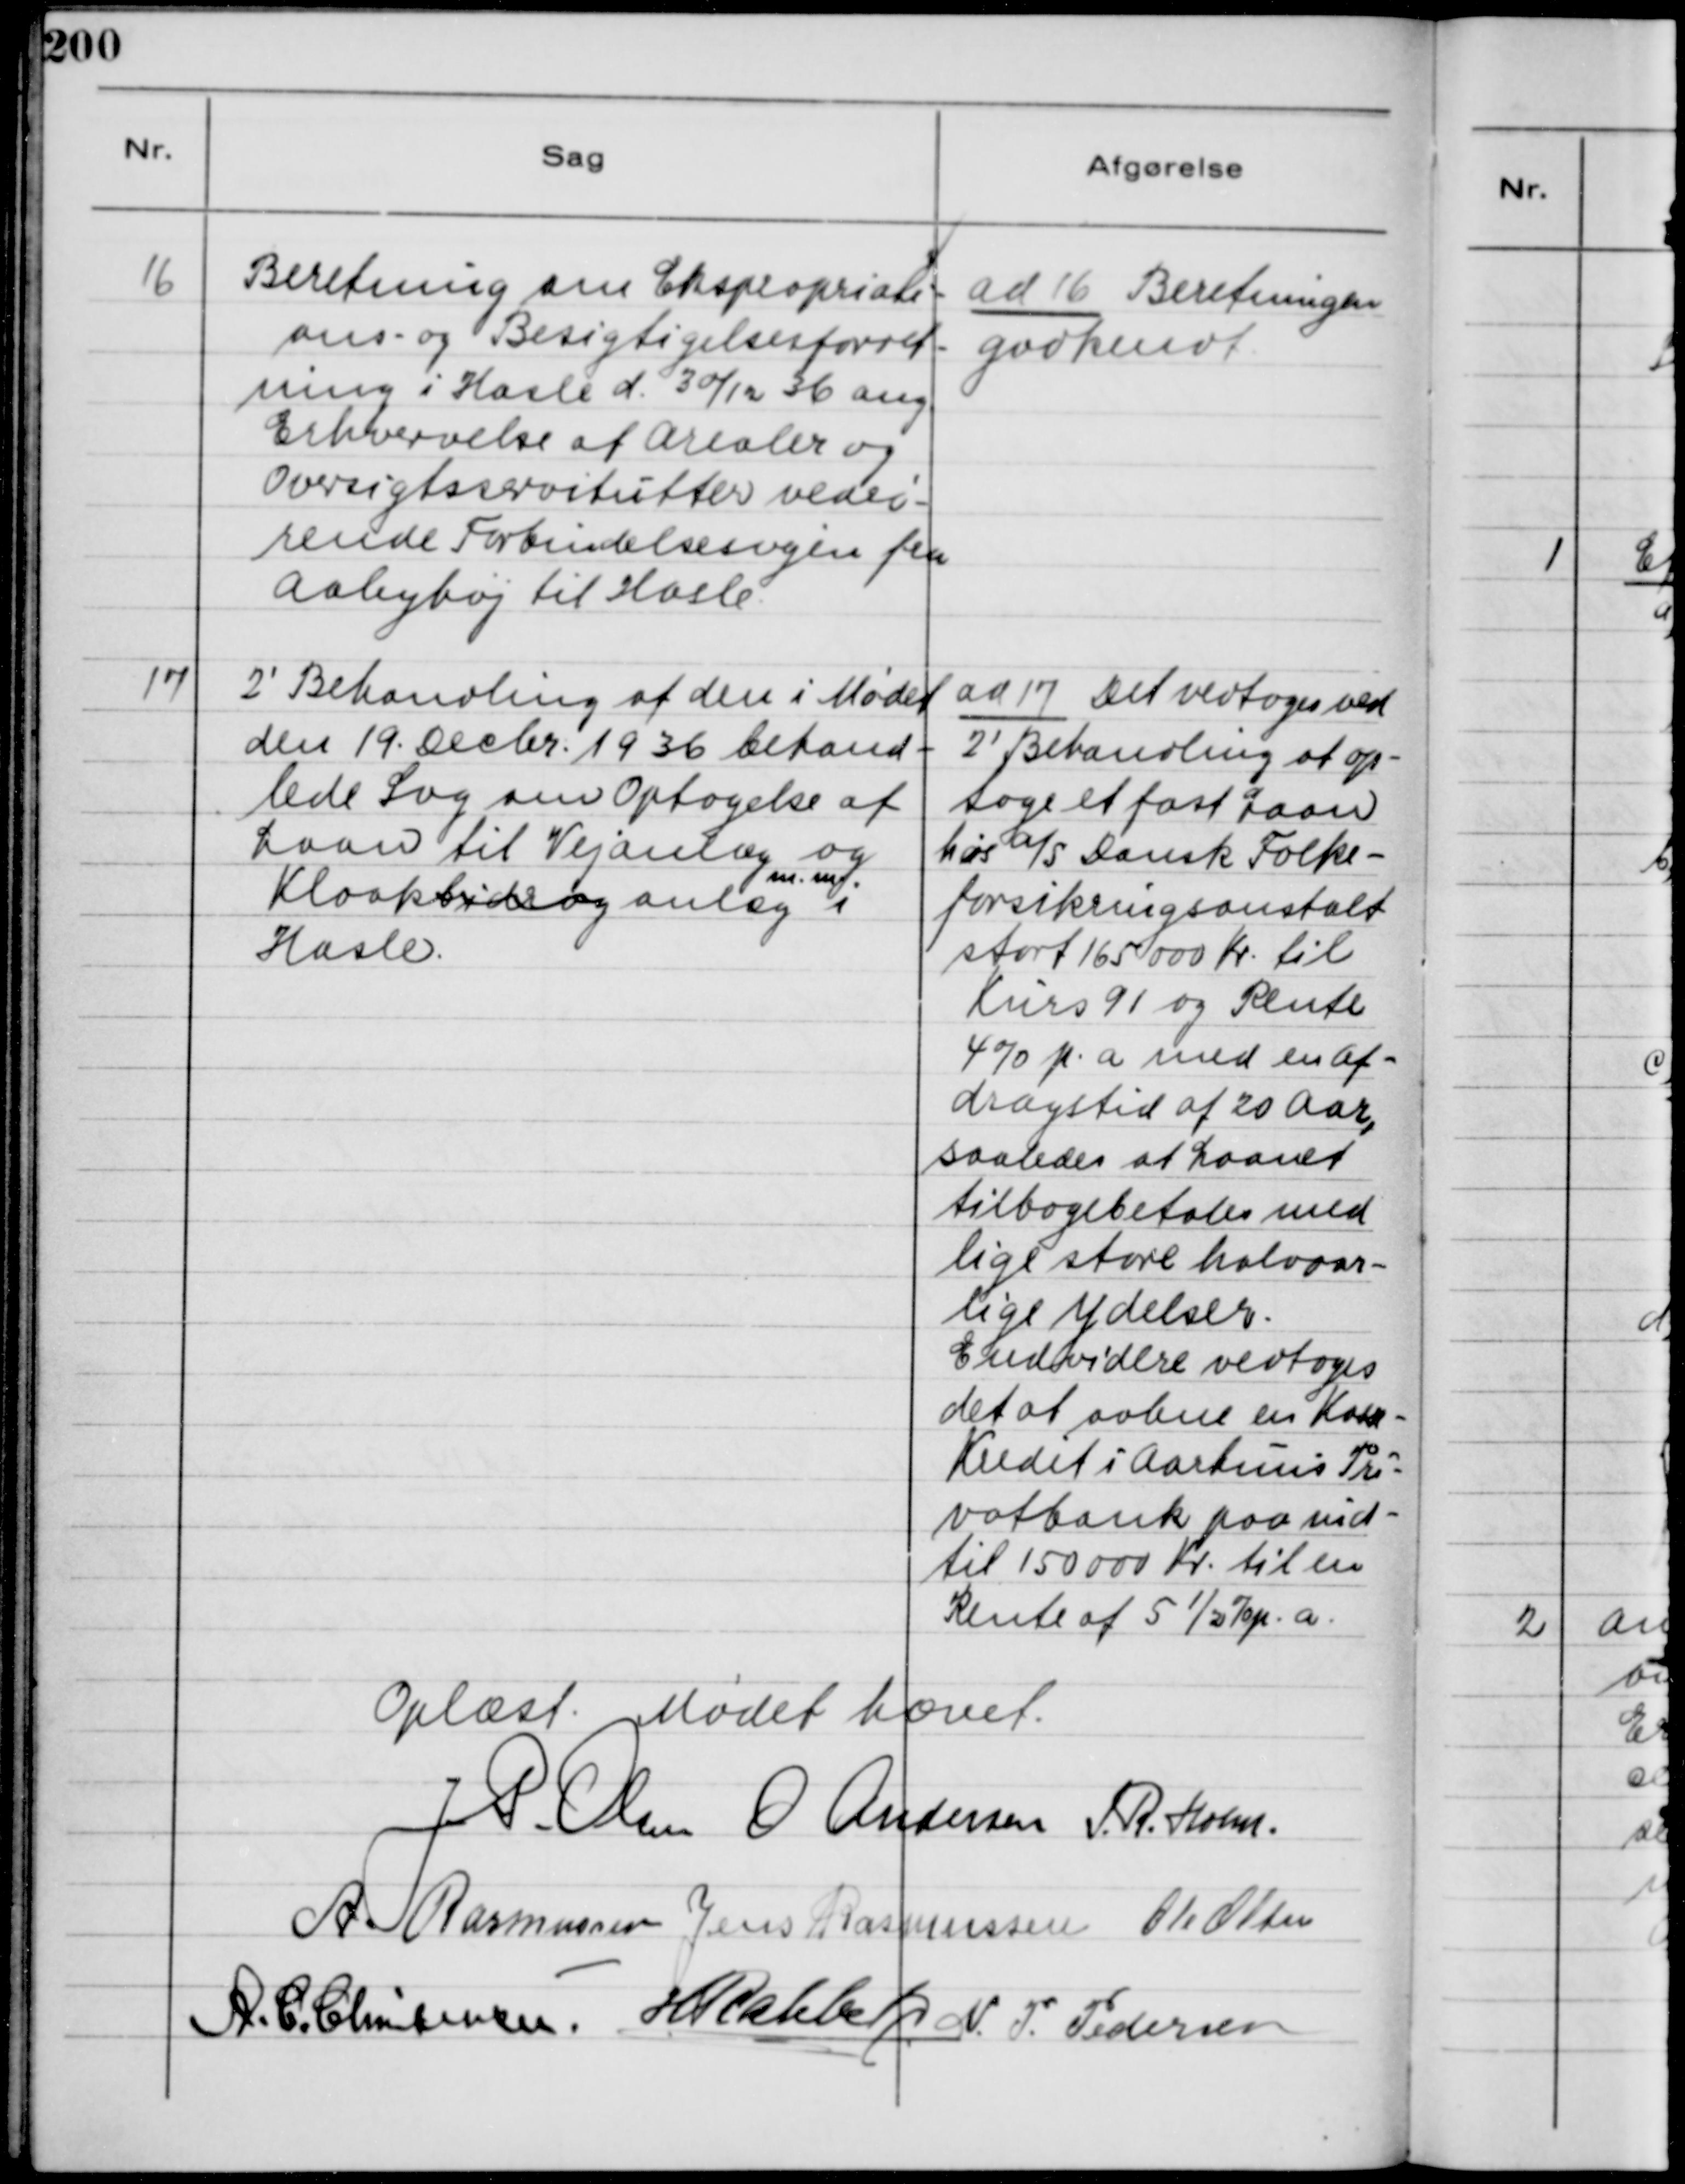
Transskription:
16
Beretning om Ekspropriati-
ons- og Besigtigelsesforret-
ning i Hasle d. 30/12 36 ang
Erhvervelse af Arealer og
Oversigtsservitutter vedrø-
rende Forbindelsesvejen fra
Aabyhøj til Hasle.
ad 16 Beretningen
godkendt
17
2' Behandling af den i Mødet
den 19. Decbr. 1936 behand-
lede Sag om Optagelse af
Laan til Vejanlæg og
Kloakbidrag anlæg
m.m.
i
Hasle.
ad 17 Det vedtoges ved
2' Behandling at op-
tage et fast Laan
hos A/S Dansk Folke-
forsikringsanstalt
stort 165.000 Kr. til
Kurs 91 og Rente
4% p.a med en Af-
dragstid af 20 Aar,
saaledes at Laanet
tilbagebetales med
lige store halvaar-
lige Ydelser.
Endvidere vedtoges
det at aabne en Kasse-
Kredit i Aarhuus Pri-
vatbank paa ind-
til 150000 Kr. til en
Rente af 5½% p.a.
Oplæst. Mødet hævet.
J.P. Olsen
O Andersen
S.R. Holm
A. Rasmussen
Jens Rasmussen
Ole Olsen
A.C. Christensen
H Rahbek
N.P.Pedersen